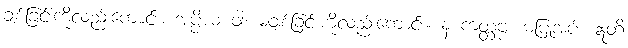
ချစ်ခြင်းကိုလည်းကောင်း။ အပ္ပိယံ ဝါ၊ မချစ်ခြင်းကိုလည်းကောင်း။ န ကတ္တဗ္ဗံ၊ မပြုအပ်။ ဣတိ